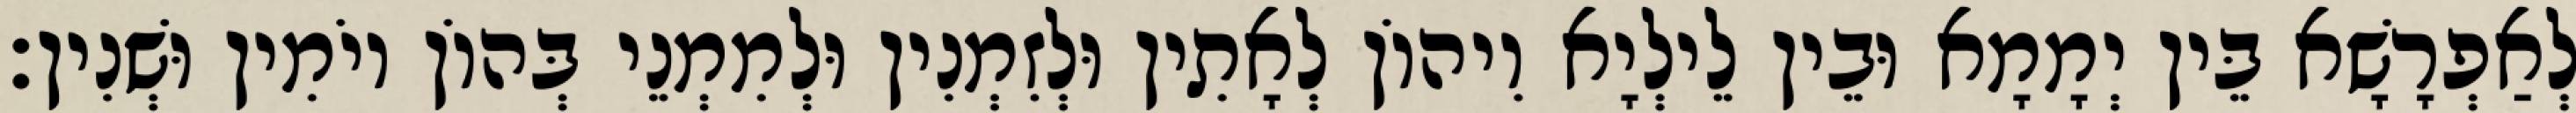
לְאַפְרָשָׁא בֵּין יְמָמָא וּבֵין לֵילְיָא וִיהוֹן לְאָתִין וּלְזִמְנִין וּלְמִמְנֵי בְּהוֹן יוֹמִין וּשְׁנִין׃